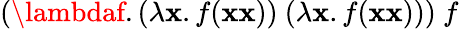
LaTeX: (\lambdaf.(\lambda\mathbf{x}.f(\mathbf{x}\mathbf{x}))\ (\lambda\mathbf{x}.f(\mathbf{x}\mathbf{x})))\ f